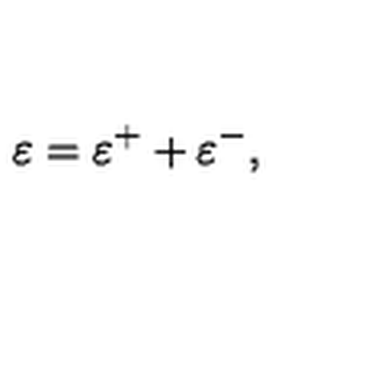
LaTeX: \varepsilon = \varepsilon ^ { + } + \varepsilon ^ { - } ,